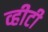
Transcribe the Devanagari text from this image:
व्हीटी